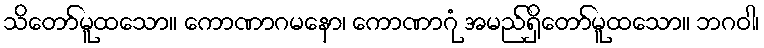
သိတော်မူထသော။ ကောဏာဂမနော၊ ကောဏာဂုံ အမည်ရှိတော်မူထသော။ ဘဂဝါ၊